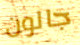
جالون